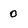
Character: 0